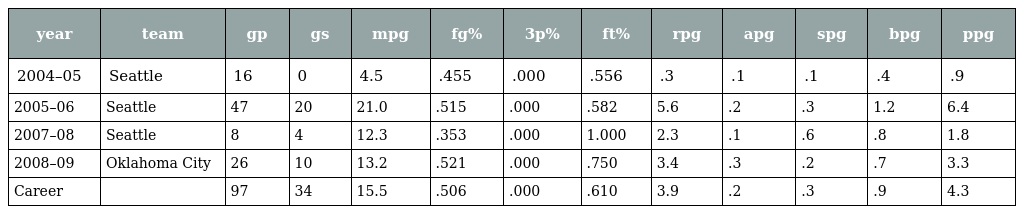
| year | team | gp | gs | mpg | fg% | 3p% | ft% | rpg | apg | spg | bpg | ppg |
 | --- | --- | --- | --- | --- | --- | --- | --- | --- | --- | --- | --- | --- |
 | 2004–05 | Seattle | 16 | 0 | 4.5 | .455 | .000 | .556 | .3 | .1 | .1 | .4 | .9 |
 | 2005–06 | Seattle | 47 | 20 | 21.0 | .515 | .000 | .582 | 5.6 | .2 | .3 | 1.2 | 6.4 |
 | 2007–08 | Seattle | 8 | 4 | 12.3 | .353 | .000 | 1.000 | 2.3 | .1 | .6 | .8 | 1.8 |
 | 2008–09 | Oklahoma City | 26 | 10 | 13.2 | .521 | .000 | .750 | 3.4 | .3 | .2 | .7 | 3.3 |
 | Career |  | 97 | 34 | 15.5 | .506 | .000 | .610 | 3.9 | .2 | .3 | .9 | 4.3 |